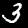
Digit: 3